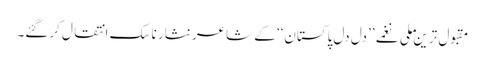
مقبول ترین ملی نغمے ’’دل دل پاکستان‘‘ کے شاعر نثار ناسک انتقال کرگئے۔